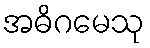
အဓိဂမေသု